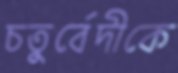
চতুর্বেদীকে